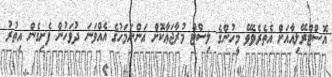
އޮސްޓްރޭލިއާއަށް އެތެރެވެވޭ މީހުންގެ ލިސްޓް މުރާޖަޢާކޮށް އަންނަމަހުގެ އެއްވަނަ ދުވަހުން ފެށިގެން އިތުރު